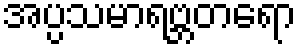
အပ္ပသမာရဗ္ဘတရော